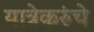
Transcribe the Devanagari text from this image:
यात्रेकरुंचे